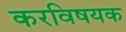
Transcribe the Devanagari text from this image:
करविषयक